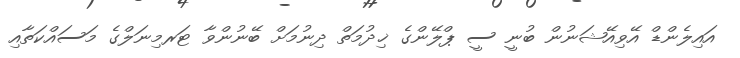
އައިލެންޑް އޭވިއޭޝަނުން ބުނީ ސީ ޕްލޭންގެ ޚިދުމަތް ދިނުމަށް ބޭނުންވާ ޓަރމިނަލްގެ މަސައްކަތާއި